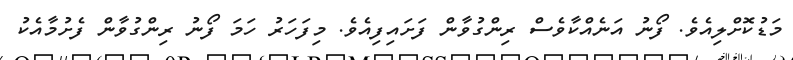
މަޑުކޮށްލިއެވެ. ފޯނު އަނެއްކާވެސް ރިންގުވާން ފަށައިފިއެވެ. މިފަހަރު ހަމަ ފޯނު ރިންގުވާން ފެށުމާއެކު